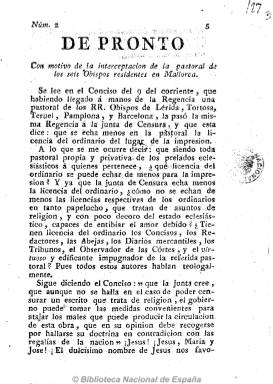
Título: De pronto
Colección: Periódicos anteriores a 1850
Ámbito geográfico: Cádiz
Lugar de publicación: Cádiz
Fechas: 01/01/1813-02/01/1813

Periódico de carácter antirreformista y servil, defensor de los privilegios de la iglesia católica, publicado en Cádiz, probablemente desde abril a agosto de 1813, y según Gómez Ímaz entre julio y agosto de ese año. Publica artículos doctrinales de carácter político, así como artículos comunicados, en los que polemiza con los periódicos liberales y constitucionales del periodo doceañista. Salió de la imprenta de Antonio Murguía en números de cuatro páginas y, probablemente, con una frecuencia irregular. La colección de la Biblioteca Nacional de España consta del número 2, reimpreso en Málaga, que contiene un artículo referente a la pastoral de varios obispos españoles y trata sobre la libertad de imprenta, en el que acusa a los liberales de volterianos y jansenistas; así como del número 18. Fue defensor del mantenimiento de la Inquisición y atacó la labor reformista de las Cortes.